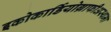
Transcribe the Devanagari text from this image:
इकोकार्डियोग्राफीअस्थमा